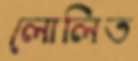
লোলিত